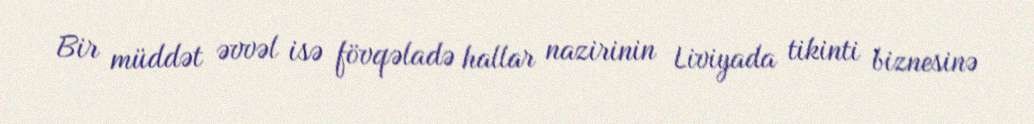
Bir müddət əvvəl isə fövqəladə hallar nazirinin Liviyada tikinti biznesinə